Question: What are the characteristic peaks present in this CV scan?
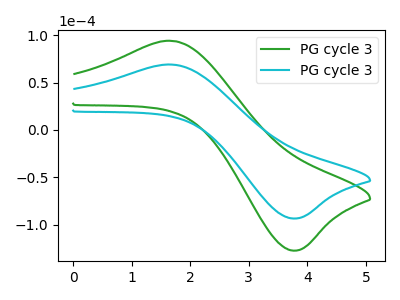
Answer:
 <answer>The green curve "PG cycle 31" has an anodic peak at (1.70V, 94.05uA) and a cathodic peak at (3.80V, -127.40uA). The cyan curve "PG cycle 32" has an anodic peak at (1.70V, 69.00uA) and a cathodic peak at (3.80V, -93.45uA).</answer>
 <eval></eval>